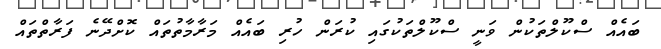
ބައެއް ސްކޫލްތަކުން ވަނީ ސްކޫލްތަކުގައި ކުރަން ހުރި ބައެއް މަރާމާތުތައް ކޮށްދޭނެ ފަރާތްތައް